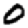
Digit: 0